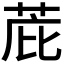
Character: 𫈋